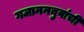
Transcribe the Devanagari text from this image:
गजाननबुवांची